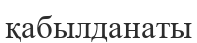
қабылданаты